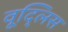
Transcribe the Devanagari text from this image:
वूद्लिस